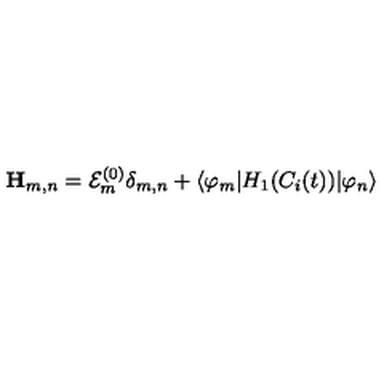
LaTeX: { \bf H } _ { m , n } = { \cal E } _ { m } ^ { ( 0 ) } \delta _ { m , n } + \langle \varphi _ { m } | H _ { 1 } ( C _ { i } ( t ) ) | \varphi _ { n } \rangle